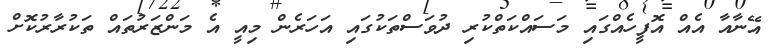
އޭނާއާ އެއް އޮފީހެއްގައި މަސައްކަތްކުރި ދުވަސްތަކުގައި އަހަރެން މިއީ އެ މަންޒަރުތައް ތަކުރާރުކޮށް